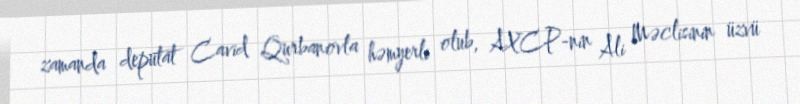
zamanda deputat Cavid Qurbanovla həmyerli olub, AXCP-nin Ali Məclisinin üzvü